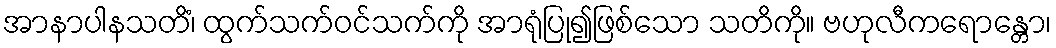
အာနာပါနသတိံ၊ ထွက်သက်ဝင်သက်ကို အာရုံပြု၍ဖြစ်သော သတိကို။ ဗဟုလီကရောန္တော၊